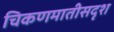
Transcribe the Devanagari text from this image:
चिकणमातीसदृश